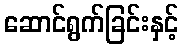
ဆောင်ရွက်ခြင်းနှင့်